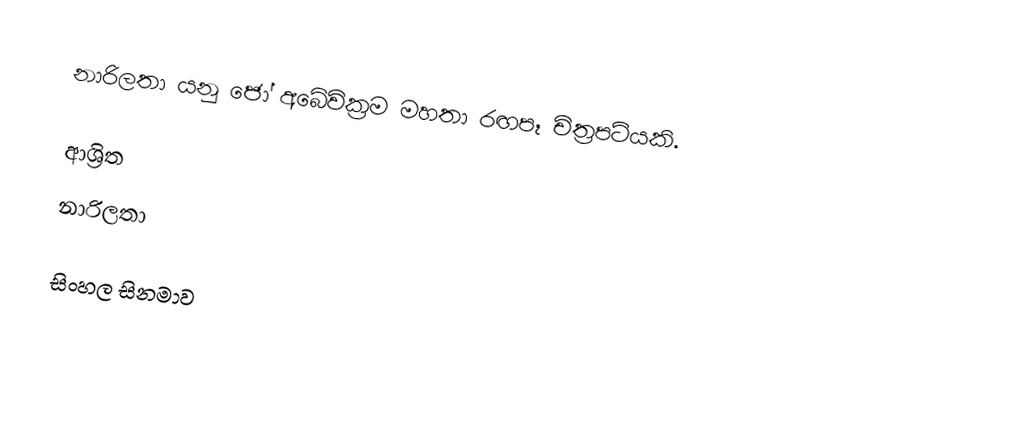
නාරිලතා යනු ජෝ අබේවික්‍රම මහතා රඟපෑ චිත්‍රපටියකි.

ආශ්‍රිත
නාරිලතා

සිංහල සිනමාව